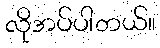
လိုအပ်ပါတယ်။